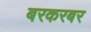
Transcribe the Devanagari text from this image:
बरकरबर